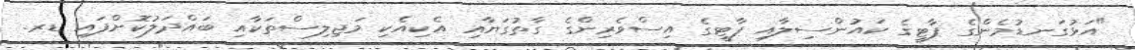
"އަޅުގަނޑުމެންގެ ޕާޓީގެ ކައުންސިލާއި ޕާޓީގެ އިސްވެރިންގެ ގާތުގަޔާއި އެކިއެކި މަޖިލިސްތަކާއި ބައްދަލުކޮށްފައި ޑރ.